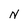
Character: N